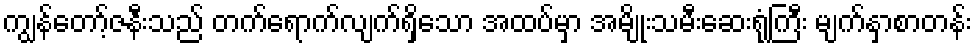
ကျွန်တော့်ဇနီးသည် တက်ရောက်လျက်ရှိသော အထပ်မှာ အမျိုးသမီးဆေးရုံကြီး မျက်နှာစာတန်း